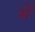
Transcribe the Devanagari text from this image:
मेेें